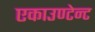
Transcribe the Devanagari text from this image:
एकाउण्टेन्ट